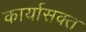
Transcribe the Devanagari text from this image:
कार्यासक्त